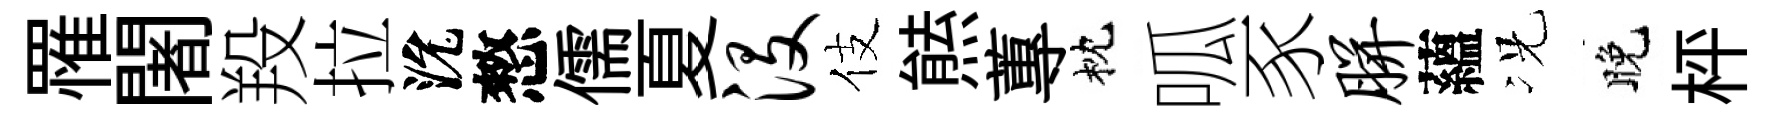
罹闍羖拉沇憗儒夏没伎㷱蓴枕呱豕胼蘊况晚枰